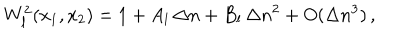
LaTeX: W _ { l } ^ { 2 } ( x _ { 1 } , x _ { 2 } ) = 1 + A _ { l } \, \Delta n + B _ { l } \, \Delta n ^ { 2 } + O ( \Delta n ^ { 3 } ) \, ,